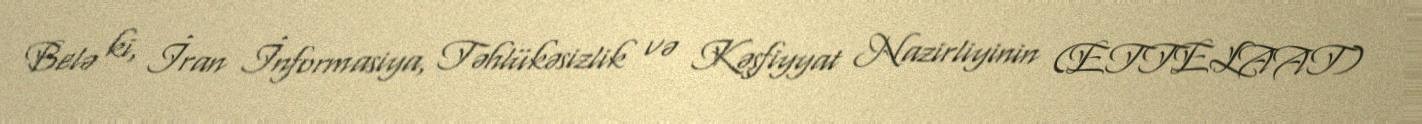
Belə ki, İran İnformasiya, Təhlükəsizlik və Kəşfiyyat Nazirliyinin (ETTELAAT)